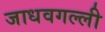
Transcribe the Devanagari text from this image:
जाधवगल्ली